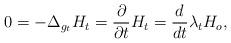
LaTeX: \begin{align*}0 = -\Delta_{g_t}H_t = \frac{\partial}{\partial t} H_t = \frac{d}{dt}\lambda_t H_o,\end{align*}